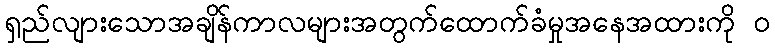
ရှည်လျားသောအချိန်ကာလများအတွက်ထောက်ခံမှုအနေအထားကို ၀